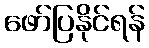
ဖော်ပြနိုင်ရန်